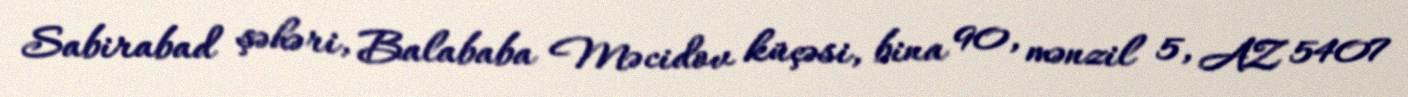
Sabirabad şəhəri, Balababa Məcidov küçəsi, bina 90, mənzil 5, AZ 5407